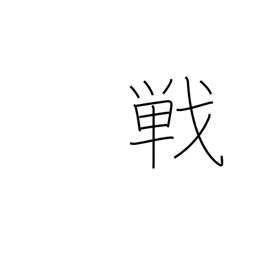
Meaning: match